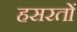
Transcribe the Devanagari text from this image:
हसरतों